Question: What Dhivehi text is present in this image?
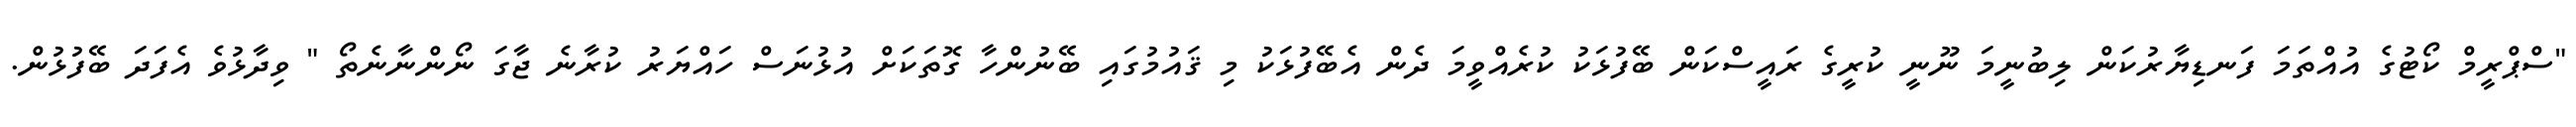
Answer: "ސްޕްރީމް ކޯޓުގެ އުއްތަމަ ފަނޑިޔާރުކަން ލިބުނީމަ ނޫނީ ކުރީގެ ރައީސްކަން ބޭފުޅަކު ކުރެއްވީމަ ދެން އެބޭފުޅަކު މި ޤައުމުގައި ބޭނުންހާ ގޮތަކަށް އުޅުނަސް ހައްޔަރު ކުރާނެ ޖާގަ ނޯންނާނެތޯ " ވިދާޅުވެ އެފަދަ ބޭފުޅުން.